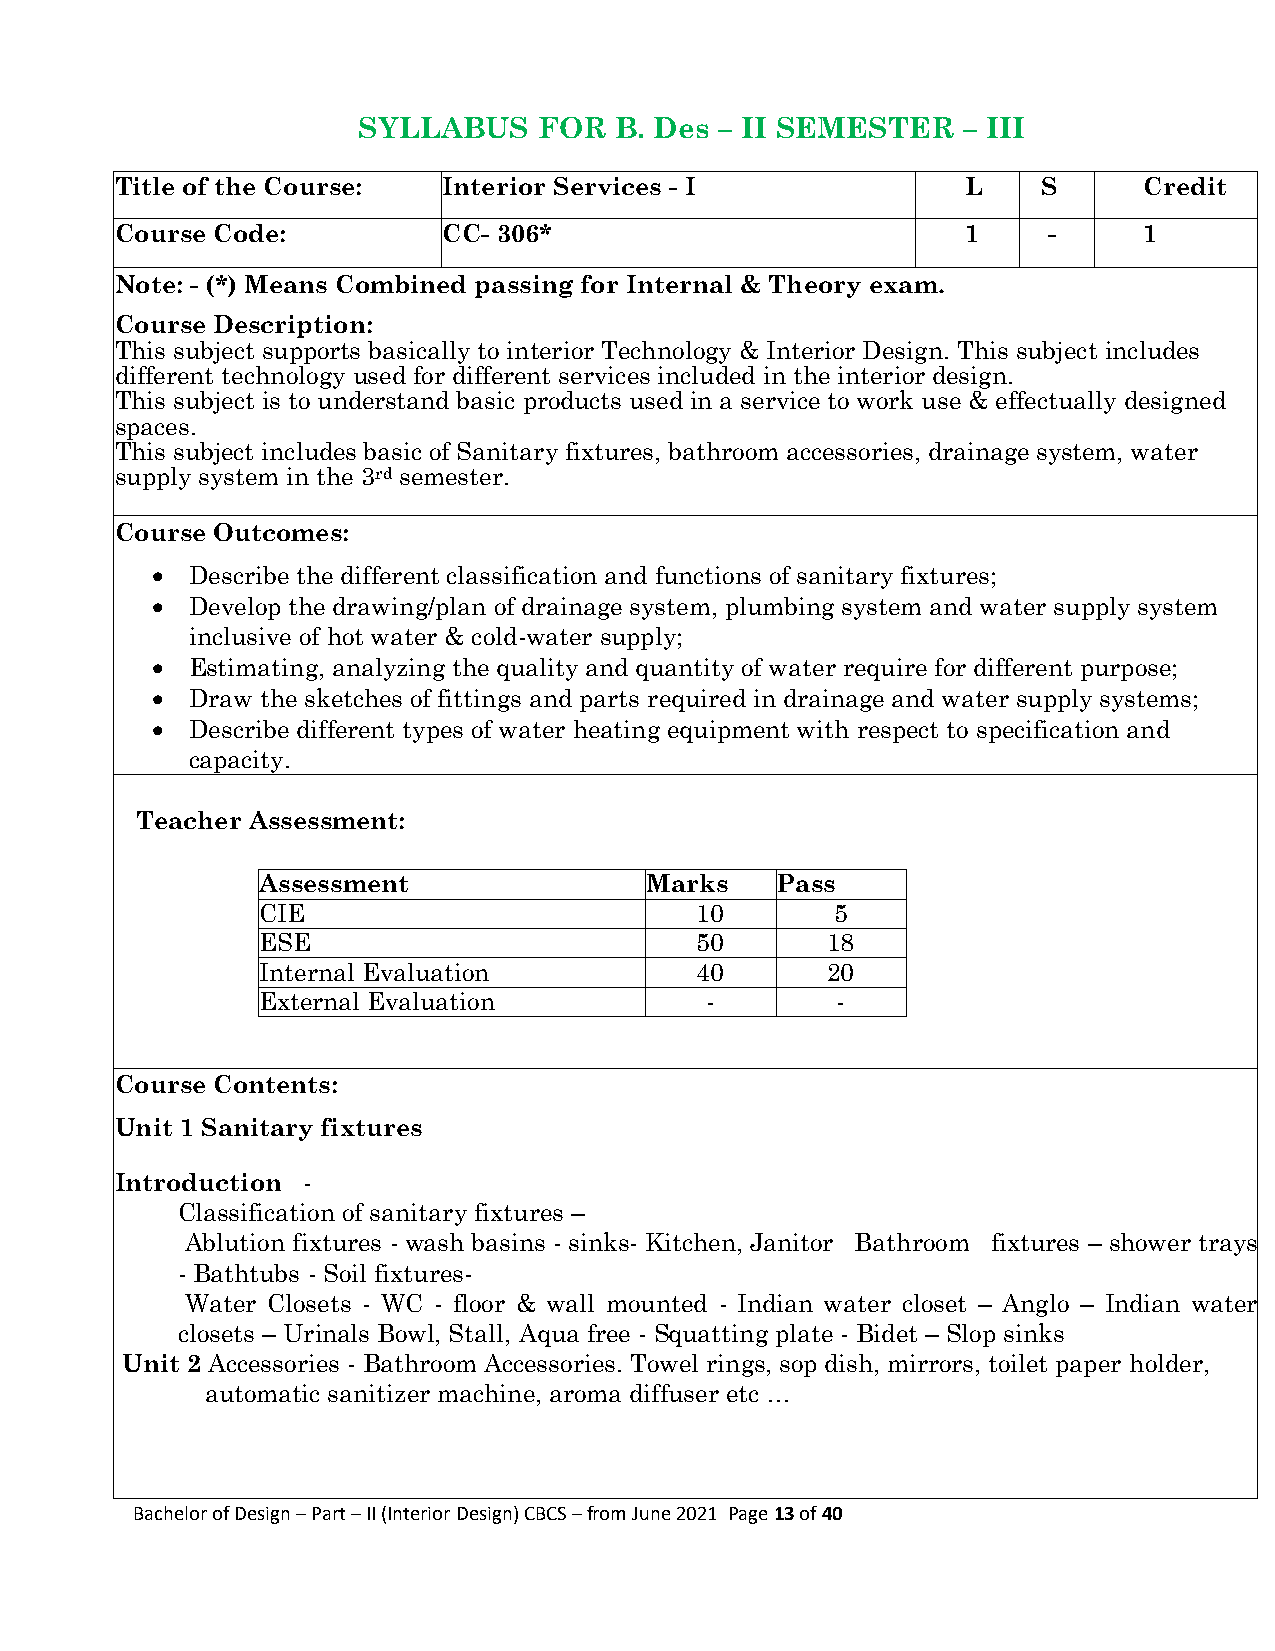
SYLLABUS    FOR  B. Des – II SEMESTER   – III
 Title of the Course: Interior Services - I              L    S      Credit
 Course Code:         CC- 306*                           1    -      1
 Note: - (*) Means Combined passing for Internal & Theory exam.
 Course Description:
 This subject supports basically to interior Technology & Interior Design. This subject includes
 different technology used for different services included in the interior design.
 This subject is to understand basic products used in a service to work use & effectually designed
 spaces.
 This subject includes basic of Sanitary fixtures, bathroom accessories, drainage system, water
 supply system in the 3rd semester.
 Course Outcomes:
  Describe the different classification and functions of sanitary fixtures;
  Develop the drawing/plan of drainage system, plumbing system and water supply system
 inclusive of hot water & cold-water supply;
  Estimating, analyzing the quality and quantity of water require for different purpose;
  Draw the sketches of fittings and parts required in drainage and water supply systems;
  Describe different types of water heating equipment with respect to specification and
 capacity.
 Teacher Assessment:
 Assessment                Marks   Pass
 CIE                          10       5
 ESE                          50       18
 Internal Evaluation          40       20
 External Evaluation           -       -
 Course Contents:
 Unit 1 Sanitary fixtures
 Introduction -
 Classification of sanitary fixtures –
 Ablution fixtures - wash basins - sinks- Kitchen, Janitor Bathroom fixtures – shower trays
 - Bathtubs - Soil fixtures-
 Water Closets - WC - floor & wall mounted - Indian water closet – Anglo – Indian water
 closets – Urinals Bowl, Stall, Aqua free - Squatting plate - Bidet – Slop sinks
 Unit 2 Accessories - Bathroom Accessories. Towel rings, sop dish, mirrors, toilet paper holder,
 automatic sanitizer machine, aroma diffuser etc …
 Bachelor of Design – Part – II (Interior Design) CBCS – from June 2021 Page 13 of 40